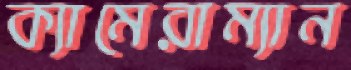
ক্যামেরাম্যান